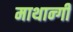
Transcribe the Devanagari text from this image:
माथान्गी